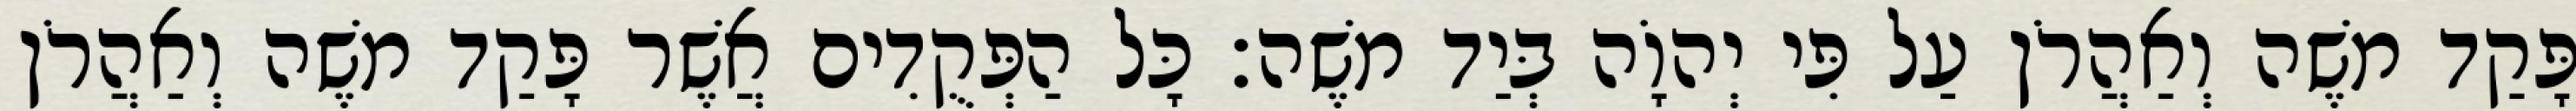
פָּקַד משֶׁה וְאַהֲרֹן עַל פִּי יְהוָֹה בְּיַד משֶׁה׃ כָּל הַפְּקֻדִים אֲשֶׁר פָּקַד משֶׁה וְאַהֲרֹן